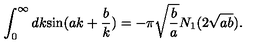
\int _ { 0 } ^ { \infty } d k \mathrm { s i n } ( a k + \frac { b } { k } ) = - { \pi } \sqrt { \frac { b } { a } } N _ { 1 } ( 2 \sqrt { a b } ) .